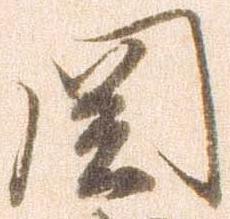
関